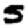
Digit: 5